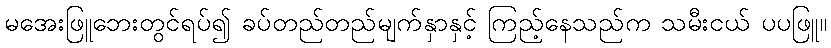
မအေးဖြူဘေးတွင်ရပ်၍ ခပ်တည်တည်မျက်နှာနှင့် ကြည့်နေသည်က သမီးငယ် ပပဖြူ။